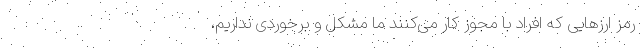
رمز ارز‌هایی که افراد با مجوز کار می‌کنند ما مشکل و برخوردی نداریم،